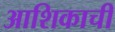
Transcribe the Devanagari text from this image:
आशिकाची